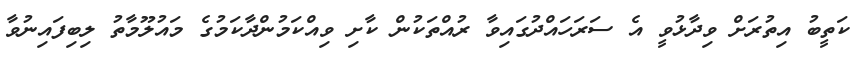
ކަތީބު އިތުރަށް ވިދާޅުވީ އެ ސަރަހައްދުގައިވާ ރުއްތަކުން ކާށި ވިއްކަމުންދާކަމުގެ މައުލޫމާތު ލިބިފައިނުވާ